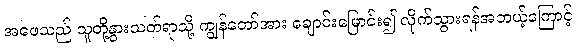
အဖေသည် သူတို့နွားသတ်ရာသို့ ကျွန်တော်အား ချောင်းမြောင်း၍ လိုက်သွားရန်အဘယ့်ကြောင့်